Annual report on the working of the mental hospitals in the Madras Presidency - 1912-1932
Year: 1912
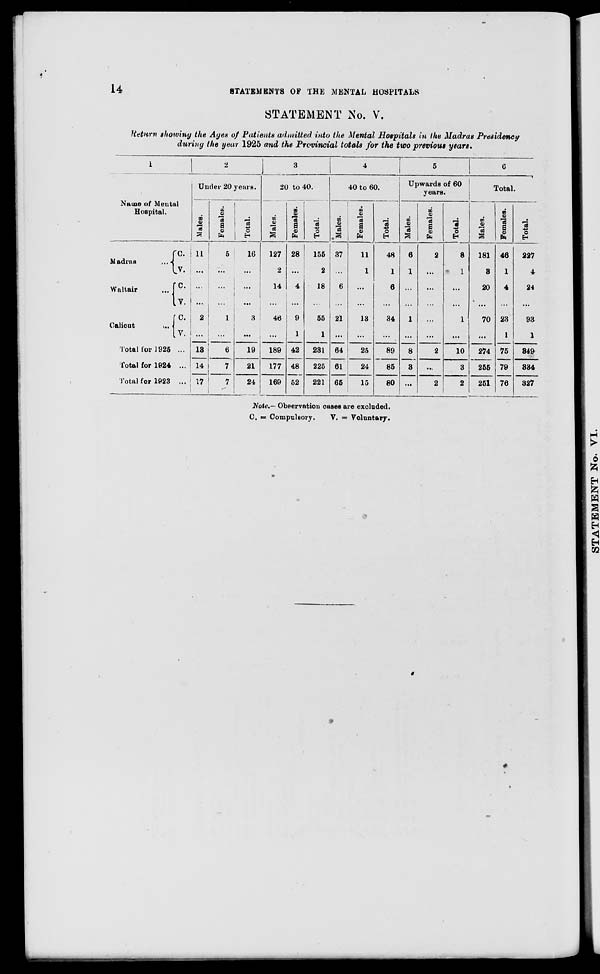
14
STATEMENTS
OF THE MENTAL HOSPITALS
STATEMENT No. V.
Return showing the Ages of Patients admitted into the Mental Hospitals in the Madras Presidency
during the year 1925 and the Provincial totals for the two previous years.
1
Name of Mental
Hospital.
Madras
...
Waltair ...
Calicut
...
Total for 1925
Total for 1924
Total for 1923
C.
V.
C.
V.
C.
V.
...
...
...
2
Under 20 years.
Males.
11
...
...
...
2
...
13
14
17
Females.
5
...
...
...
1
...
6
7
7
Total.
16
...
...
...
3
...
19
21
24
3
20 to 40.
Males.
127
2
14
...
46
...
189
177
169
Females.
28
...
4
...
9
1
42
48
52
Total.
155
2
18
...
55
1
231
225
221
4
40 to 60.
Males.
37
...
6
...
21
...
64
61
65
Females.
11
1
...
...
13
...
25
24
15
Total.
48
1
6
...
34
...
89
85
80
5
Upwards of 60
years.
Males.
6
1
...
...
1
...
8
3
...
Females.
2
...
...
...
...
...
2
...
2
Total.
8
1
...
...
1
...
10
3
2
6
Total.
Males.
181
3
20
...
70
...
274
255
251
Females.
46
1
4
...
23
1
75
79
76
Total.
227
4
24
...
93
1
349
334
327
Note.— Observation cases are excluded.
C. = Compulsory.
V. = Voluntary.